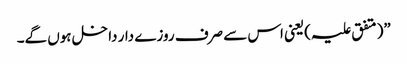
”(متفق علیہ)یعنی اس سے صرف روزے دار داخل ہوں گے۔